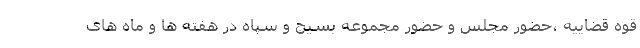
قوه قضاییه ،حضور مجلس و حضور مجموعه بسیج و سپاه در هفته ها و ماه های